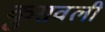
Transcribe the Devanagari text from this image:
कुसवली